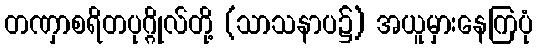
တဏှာစရိတပုဂ္ဂိုလ်တို့ (သာသနာပ၌) အယူမှားနေကြပုံ